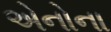
એનોના